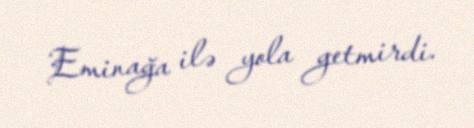
Eminağa ilə yola getmirdi.